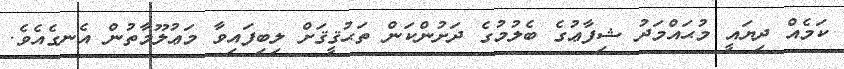
ކަމެއް ދިޔައީ މުޙައްމަދު ޝިފާޢުގެ ބެލުމުގެ ދަށުންކަން ތަޙުޤީޤަށް ލިބިފައިވާ މަޢުލޫމާތުން އެނގެއެވެ.